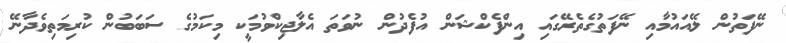
ނޭފަތުން ލޭއައުމާއި ނޭފަތުގެތެރޭގައި އިންފެކްޝަން އުފެދުން ނުވަތަ އެލާޖިކްވުމަކީ މިކަމުގެ ސަބަބުން ކުރިމަތިވެދާނޭ